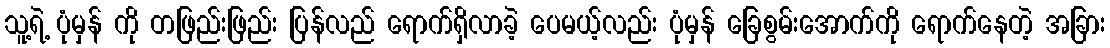
သူ့ရဲ့ ပုံမှန် ကို တဖြည်းဖြည်း ပြန်လည် ရောက်ရှိလာခဲ့ ပေမယ့်လည်း ပုံမှန် ခြေစွမ်းအောက်ကို ရောက်နေတဲ့ အခြား